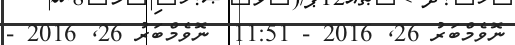
ނޮވެމްބަރު 26